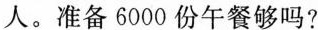
人。准备6000份午餐够吗?